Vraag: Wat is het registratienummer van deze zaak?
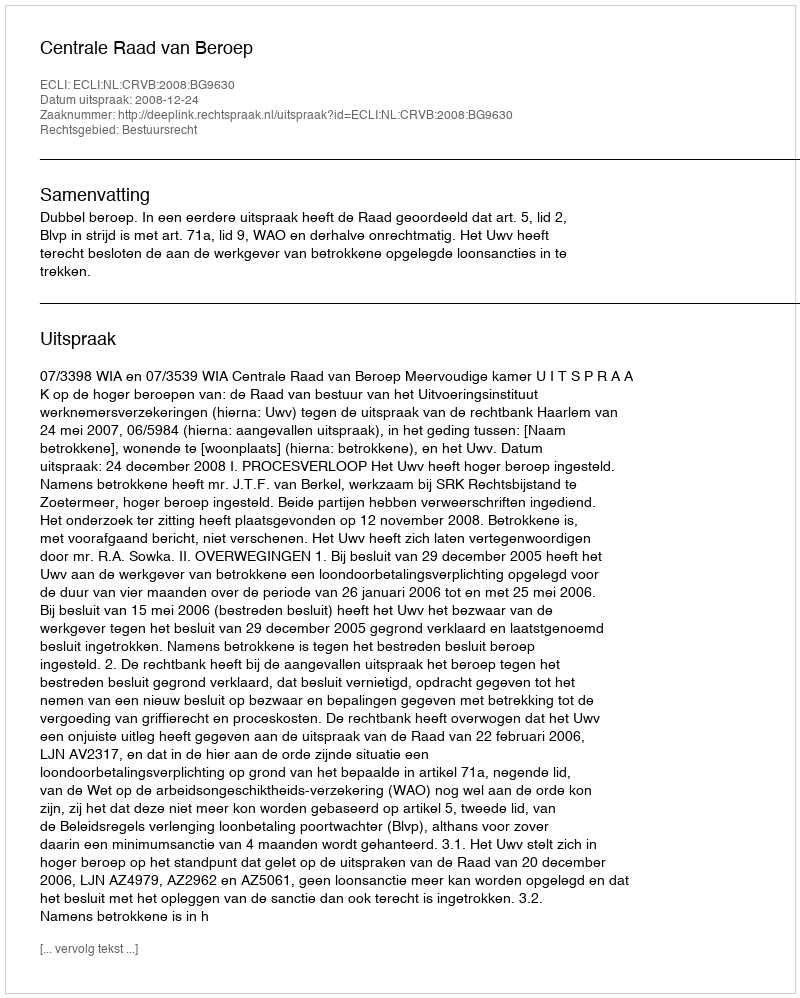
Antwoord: http://deeplink.rechtspraak.nl/uitspraak?id=ECLI:NL:CRVB:2008:BG9630